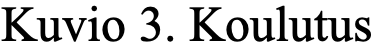
Kuvio 3. Koulutus